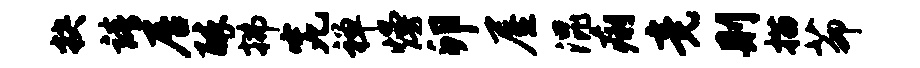
抉靖居醉拂究禅熳卯屋混痢竟则描茆